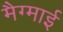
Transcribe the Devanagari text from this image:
मैग्माई